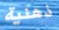
ذهنية